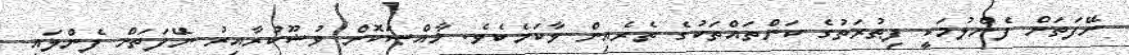
ނޭފަތަށް ފެންލުމަކީ ފިޠުރަތުގެ ކަންތައްތަކުގެ ތެރެއިން ވާކަމެކެވެ. ޚާއްޞަކޮށް ވުޟޫކުރާއިރު ނޭފަތަށް ފެންލައި